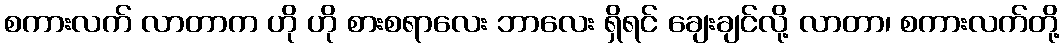
စကားလက် လာတာက ဟို ဟို စားစရာလေး ဘာလေး ရှိရင် ချေးချင်လို့ လာတာ၊ စကားလက်တို့